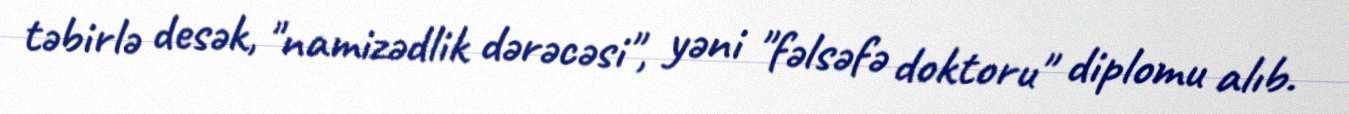
təbirlə desək, "namizədlik dərəcəsi", yəni "fəlsəfə doktoru" diplomu alıb.